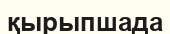
қырыпшада